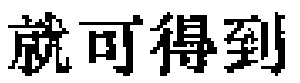
就可得到